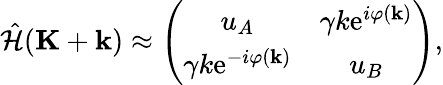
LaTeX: \begin{array}{r}{\hat{\mathcal{H}}(\mathbf{K}+\mathbf{k})\approx\left(\begin{array}{cc}{u_{A}}&{\gamma k\mathrm{e}^{i\varphi(\mathbf{k})}}\\ {\gamma k\mathrm{e}^{-i\varphi(\mathbf{k})}}&{u_{B}}\end{array}\right),}\end{array}